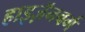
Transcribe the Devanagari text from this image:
हाइज़ॅनबर्ग